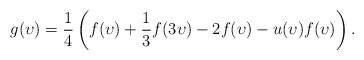
\begin{align*}g(\upsilon) = \frac 14\left( f(\upsilon) + \frac 13 f(3\upsilon) - 2f(\upsilon) - u(\upsilon)f(\upsilon)\right).\end{align*}